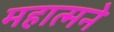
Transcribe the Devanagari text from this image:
महात्मने